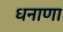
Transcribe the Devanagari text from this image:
धनाणा